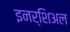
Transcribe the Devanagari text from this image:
इनर्शिअल